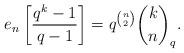
LaTeX: \begin{align*}e_{n}\left[\frac{q^k-1}{q-1}\right] = q^{\binom{n}{2}} \binom{k}{n}_q.\end{align*}